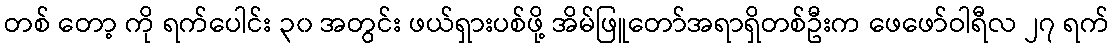
တစ် တော့ ကို ရက်ပေါင်း ၃၀ အတွင်း ဖယ်ရှားပစ်ဖို့ အိမ်ဖြူတော်အရာရှိတစ်ဦးက ဖေဖော်ဝါရီလ ၂၇ ရက်